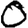
Digit: 0